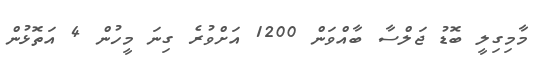
މާމިގިލީ ބޮޑު ޖަލްސާ ބާއްވަން 1200 އަށްވުރެ ގިނަ މީހުން 4 އަތޮޅުން